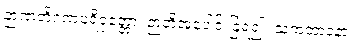
ဉာဏတိဂဏပရိဝုတ္တော၊ ဉာတိအပေါင်းခြံရံ၍။ သကတာဝနာ၊